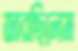
জারছিলেম